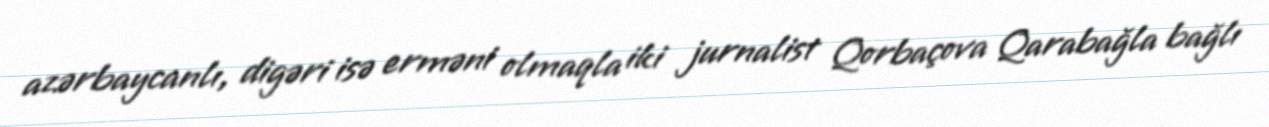
azərbaycanlı, digəri isə erməni olmaqla iki jurnalist Qorbaçova Qarabağla bağlı